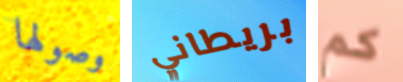
وصولها بريطاني كم